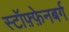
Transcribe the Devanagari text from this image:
स्टॉफ़्फ़ेनबर्ग